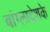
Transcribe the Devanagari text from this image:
बांग्लादेशके